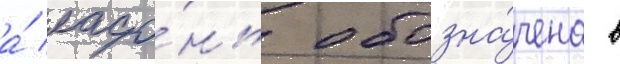
а́ ладо́нь обозна́чена в